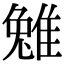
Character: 𨿮